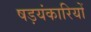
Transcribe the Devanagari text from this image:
षड़यंकारियों